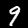
Label: 9